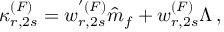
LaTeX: \kappa _ { r , 2 s } ^ { ( F ) } = w _ { r , 2 s } ^ { ' ( F ) } \hat { m } _ { f } + w _ { r , 2 s } ^ { ( F ) } \Lambda \, ,